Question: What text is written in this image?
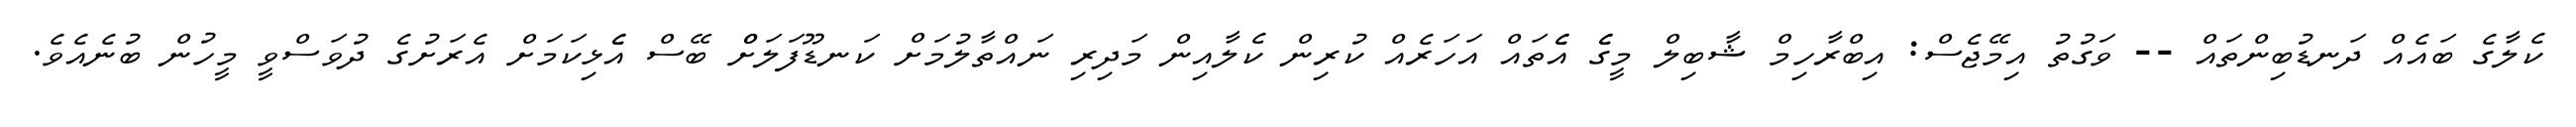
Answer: ކެލާގެ ބައެއް ދަނޑުބިންތައް -- ވަގުތު އިމޭޖެސް: އިބްރާހިމް ޝާބިލް މީގެެ އެެތައް އަހަރެއް ކުރިން ކެލާއިން މަދިރި ނައްތާލުމަށް ކަނޑޫފަލަށްް ބޭސް އެެޅިކަމަށް އެރަށުގެ ދުވަސްވީ މީހުން ބުނެއެވެ.